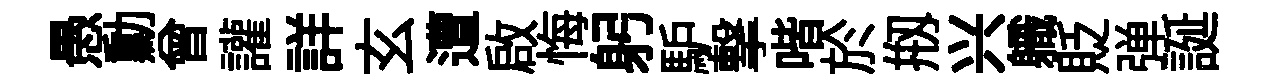
愚勳曾讙詳玄遭啟悔躬馿撃喈於剏兴軄貶弹誕